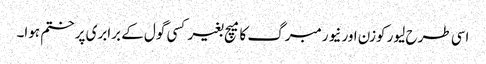
اسی طرح لیور کوزن اور نیورمبرگ کا میچ بغیر کسی گول کے برابری پر ختم ہوا۔